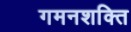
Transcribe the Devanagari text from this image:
गमनशक्ति